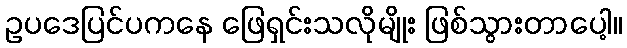
ဥပဒေပြင်ပကနေ ဖြေရှင်းသလိုမျိုး ဖြစ်သွားတာပေါ့။